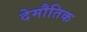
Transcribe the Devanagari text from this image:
देमौतिक